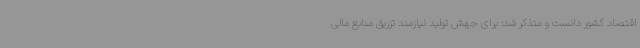
اقتصاد کشور دانست و متذکر شد: برای جهش تولید نیازمند تزریق منابع مالی